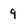
Character: 9